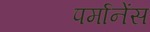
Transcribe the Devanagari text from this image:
पर्मानेंस